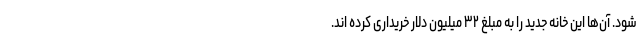
شود. آن‌ها این خانه جدید را به مبلغ ۳۲ میلیون دلار خریداری کرده اند.